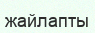
жайлапты